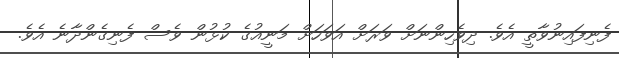
ފެނިފައިނުވާތީ އެވެ. ދިވެހިންނަށް ވަރަށް އަވަހަށް މަނީއުގެ ކުޅުން ވެސް ފެނިގެންދާނެ އެވެ.